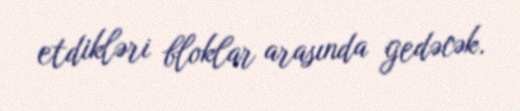
etdikləri bloklar arasında gedəcək.